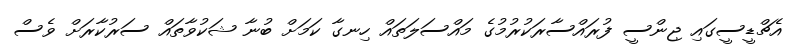
އެޗްޑީސީގައި ޖިންސީ ފުރައްސާރަކުރުމުގެ މައްސަލަތައް ހިނގާ ކަމަށް ބުނާ ޝަކުވާތައް ސަރުކާރަށް ވެސް